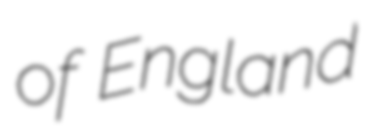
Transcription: of England